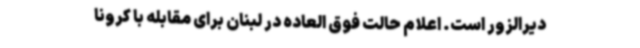
دیرالزور است. اعلام حالت فوق العاده در لبنان برای مقابله با کرونا